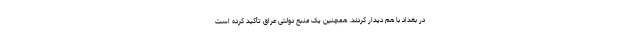
در بغداد با هم دیدار کردند. همچنین یک منبع دولتی عراق تأکید کرده است